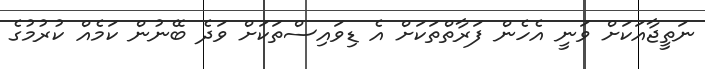
ނަތީޖާއަކަށް ވަނީ އެހެން ފަރާތްތަކަށް އެ ޑިވައިސްތަކަށް ވަދެ ބޭނުން ކަމެއް ކުރުމުގެ